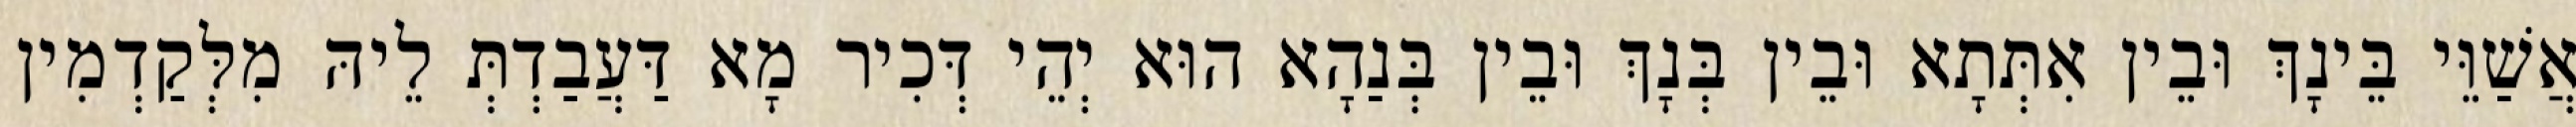
אֲשַׁוֵּי בֵּינָךְ וּבֵין אִתְּתָא וּבֵין בְּנָךְ וּבֵין בְּנַהָא הוּא יְהֵי דְּכִיר מָא דַּעֲבַדְתְּ לֵיהּ מִלְּקַדְמִין